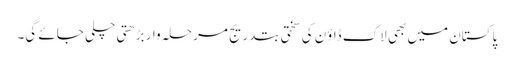
پاکستان میں بھی لاک ڈاؤن کی سختی بتدریج مرحلہ وار بڑھتی چلی جائے گی۔